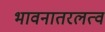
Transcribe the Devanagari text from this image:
भावनातरलत्व